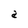
Character: a